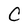
Character: C